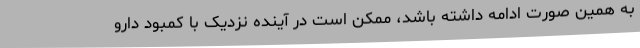
به همین صورت ادامه داشته باشد، ممکن است در آینده نزدیک با کمبود دارو